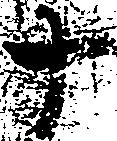
十